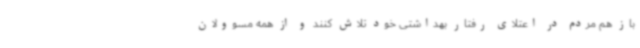
باز هم مردم در اعتلای رفتار بهداشتی خود تلاش کنند و از همه مسوولان